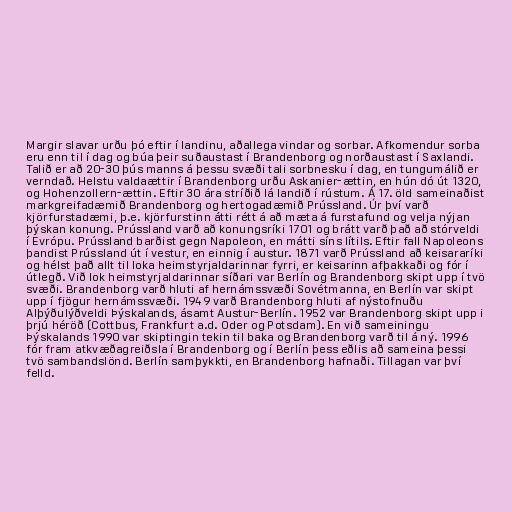
Margir slavar urðu þó eftir í landinu, aðallega vindar og sorbar. Afkomendur sorba
eru enn til í dag og búa þeir suðaustast í Brandenborg og norðaustast í Saxlandi.
Talið er að 20-30 þús manns á þessu svæði tali sorbnesku í dag, en tungumálið er
verndað. Helstu valdaættir í Brandenborg urðu Askanier-ættin, en hún dó út 1320,
og Hohenzollern-ættin. Eftir 30 ára stríðið lá landið í rústum. Á 17. öld sameinaðist
markgreifadæmið Brandenborg og hertogadæmið Prússland. Úr því varð
kjörfurstadæmi, þ.e. kjörfurstinn átti rétt á að mæta á furstafund og velja nýjan
þýskan konung. Prússland varð að konungsríki 1701 og brátt varð það að stórveldi
í Evrópu. Prússland barðist gegn Napoleon, en mátti síns lítils. Eftir fall Napoleons
þandist Prússland út í vestur, en einnig í austur. 1871 varð Prússland að keisararíki
og hélst það allt til loka heimstyrjaldarinnar fyrri, er keisarinn afþakkaði og fór í
útlegð. Við lok heimstyrjaldarinnar síðari var Berlín og Brandenborg skipt upp í tvö
svæði. Brandenborg varð hluti af hernámssvæði Sovétmanna, en Berlín var skipt
upp í fjögur hernámssvæði. 1949 varð Brandenborg hluti af nýstofnuðu
Alþýðulýðveldi Þýskalands, ásamt Austur-Berlín. 1952 var Brandenborg skipt upp i
þrjú héröð (Cottbus, Frankfurt a.d. Oder og Potsdam). En við sameiningu
Þýskalands 1990 var skiptingin tekin til baka og Brandenborg varð til á ný. 1996
fór fram atkvæðagreiðsla í Brandenborg og í Berlín þess eðlis að sameina þessi
tvö sambandslönd. Berlín samþykkti, en Brandenborg hafnaði. Tillagan var því
felld.